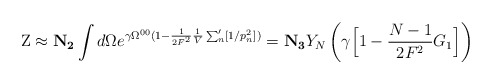
\begin{align*}{\rm Z} \approx {\bf N_{2}} \int d\Omega e^{\gamma \Omega^{00} (1-\frac{1}{2F^{2}} \frac{1}{V} \sum_{n}' [1/p_{n}^{2}])} ={\bf N_{3}} Y_{N} \left( \gamma \Big[ 1- \frac{N-1}{2F^{2}} G_{1} \Big]\right)\end{align*}